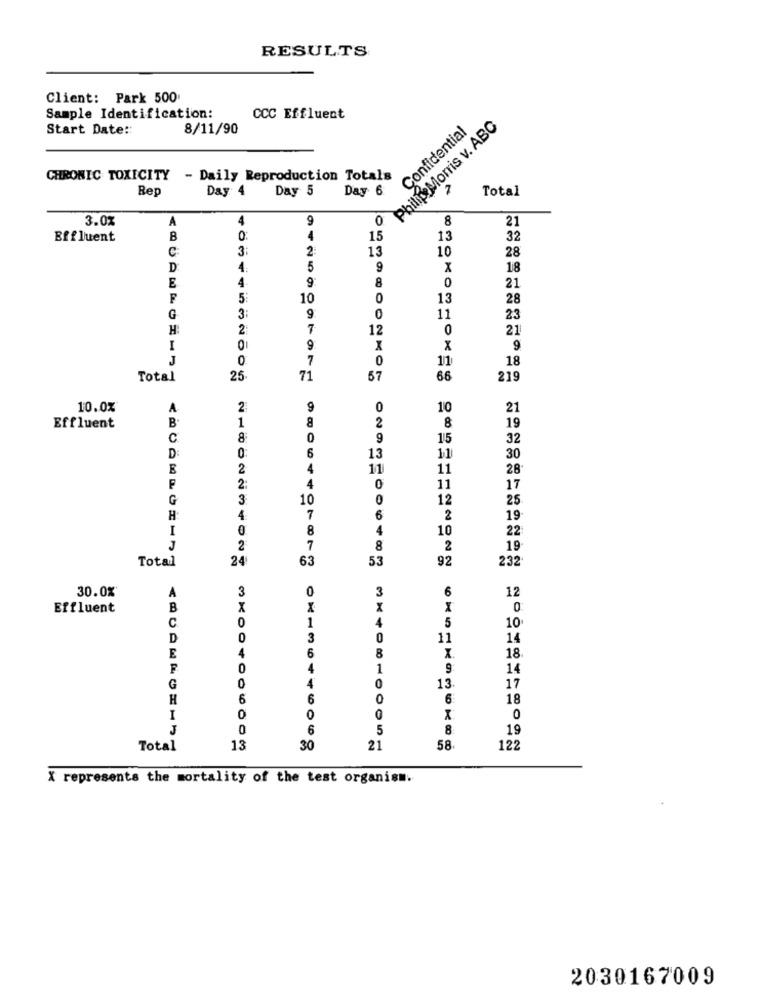
RESULTS
Client: Park 500
Sample Identification:
CCC Effluent
Philip Morris v. ABC
Start Date ::
8/11/90
Confidential
CHRONIC TOXICITY - Daily Reproduction Totals
Rep
Day 4
Day 5
Day 6
7
Total
3.02
A
4
0
8
21
Effluent
B
15
13
32
C
3:
2
13
10
28
D
31
5
9
X
18
E
4.
9
8
0
21
F
5
10
0
13
28
G
9
0
11
23
H:
2
7
12
0
21
I
45320
9
X
x
9
J
0
7
0
11
18
Total
25
71
57
66
219
10.0%
A
2.
9
0
10
21
B
1
8
2
8
Effluent
19
C
8
9
115
32
D
6
13
11
30
E
2
4
11
11
28
4
2:
0
11
17
G
3
10
0
12
25
H
4
7
6
2
19
I
8
4
10
22
J
2
7
8
2
19
Total
24
63
53
92
232
30.0%*
A
3
3
6
12
Effluent
B
X
x
0
C
0
1
4
5
10
D
0
3
OK18
0
11
14
4
6
8
X.
18.
E
0
4
1
14
0
0
G
4
13
17
H
6
6
0
6
18
I
0
X
0
J
6
5
8
19
Total
13
30
21
58.
122
X represents the mortality of the test organism.
2030167009